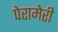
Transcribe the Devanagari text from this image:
पेरामेरी